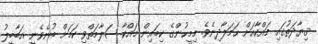
ޤިޔާދަތުގައި މައްކާއަށް ޙަމަލާދިނެވެ. މިމީހުންގެ ކިބައިން މައްކާ ސަލާމަތްވި ކަމަށް ބުނެވެނީ އަބާބީލު